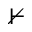
\nvdash